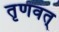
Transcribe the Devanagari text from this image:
तृणवत्